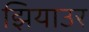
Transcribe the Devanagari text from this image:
झियाउर